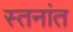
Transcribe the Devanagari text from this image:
स्तनांत